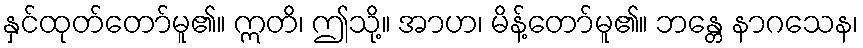
နှင်ထုတ်တော်မူ၏။ ဣတိ၊ ဤသို့။ အာဟ၊ မိန့်တော်မူ၏။ ဘန္တေ နာဂသေန၊